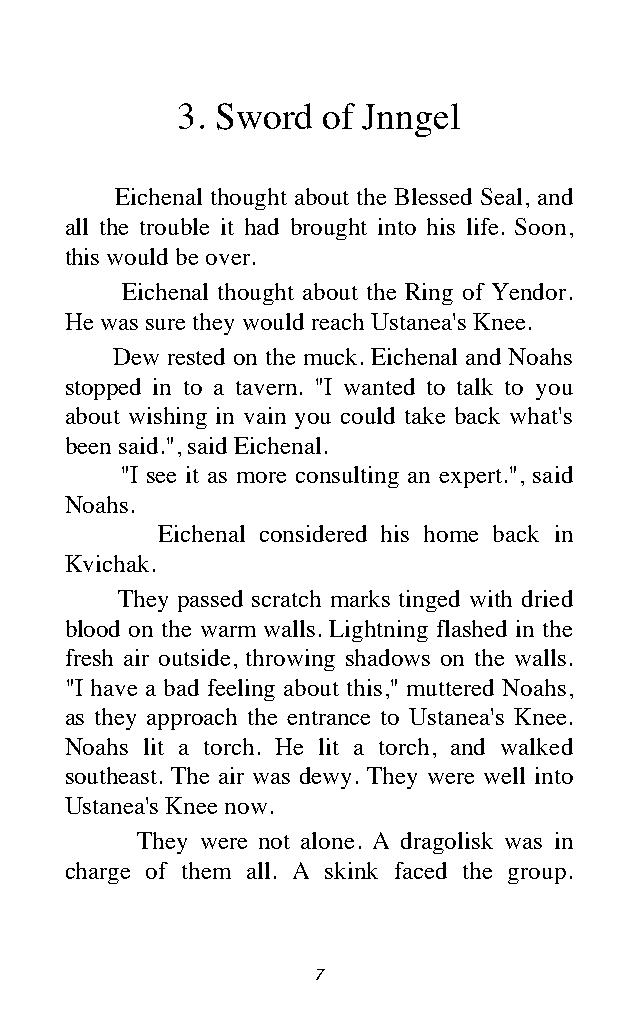
3. Sword of Jnngel
 Eichenal thought about the Blessed Seal, and
 all the trouble it had brought into his life. Soon,
 this would be over.
 Eichenal thought about the Ring of Yendor.
 He was sure they would reach Ustanea's Knee.
 Dew rested on the muck. Eichenal and Noahs
 stopped in to a tavern. "I wanted to talk to you
 about wishing in vain you could take back what's
 been said.", said Eichenal.
 "I see it as more consulting an expert.", said
 Noahs.
 Eichenal considered his home back in
 Kvichak.
 They passed scratch marks tinged with dried
 blood on the warm walls. Lightning flashed in the
 fresh air outside, throwing shadows on the walls.
 "I have a bad feeling about this," muttered Noahs,
 as they approach the entrance to Ustanea's Knee.
 Noahs lit a torch. He lit a torch, and walked
 southeast. The air was dewy. They were well into
 Ustanea's Knee now.
 They were not alone. A dragolisk was in
 charge of them all. A skink faced the group.
 7